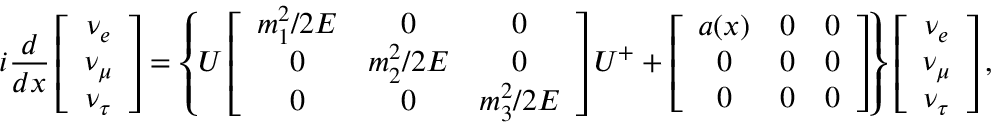
i \frac { d } { d x } \left[ \begin{array} { c } { { \nu _ { e } } } \\ { { \nu _ { \mu } } } \\ { { \nu _ { \tau } } } \end{array} \right] = \left\{ U \left[ \begin{array} { c c c } { { m _ { 1 } ^ { 2 } / 2 E } } & { { 0 } } & { { 0 } } \\ { { 0 } } & { { m _ { 2 } ^ { 2 } / 2 E } } & { { 0 } } \\ { { 0 } } & { { 0 } } & { { m _ { 3 } ^ { 2 } / 2 E } } \end{array} \right] U ^ { + } + \left[ \begin{array} { c c c } { { a ( x ) } } & { { 0 } } & { { 0 } } \\ { { 0 } } & { { 0 } } & { { 0 } } \\ { { 0 } } & { { 0 } } & { { 0 } } \end{array} \right] \right\} \left[ \begin{array} { c } { { \nu _ { e } } } \\ { { \nu _ { \mu } } } \\ { { \nu _ { \tau } } } \end{array} \right] ,